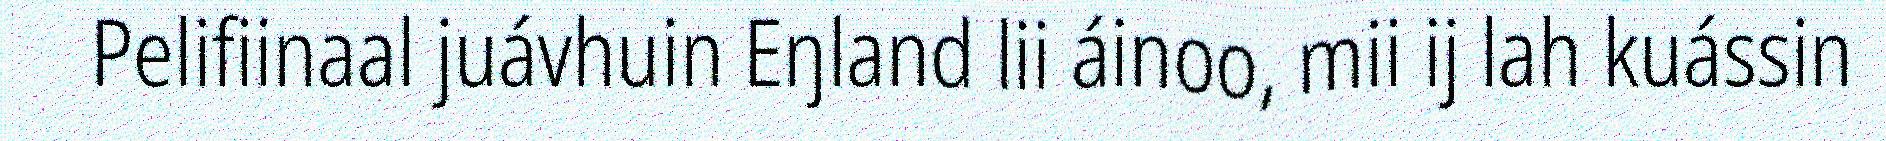
Pelifiinaal juávhuin Eŋland lii áinoo, mii ij lah kuássin